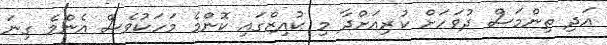
އަދި ތިންމަސް ދުވަހަށް ކުރިއަށްދާ މި ކުއިޒްގައި ކޮންމެ މަހަކުވެސް އެންމެ ގިނަ